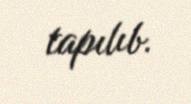
tapılıb.